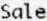
SALE